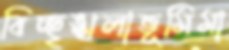
বিচ্ছৃঙ্খলাভূমিমা